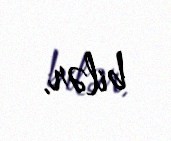
bilər.